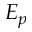
E _ { p }